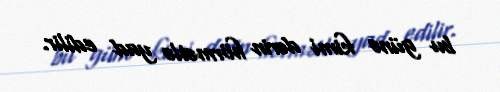
bu günə kimi dərin hörmətlə yad edilir.